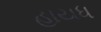
હાયધ